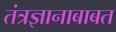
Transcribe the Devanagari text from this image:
तंत्रज्ञानाबाबत